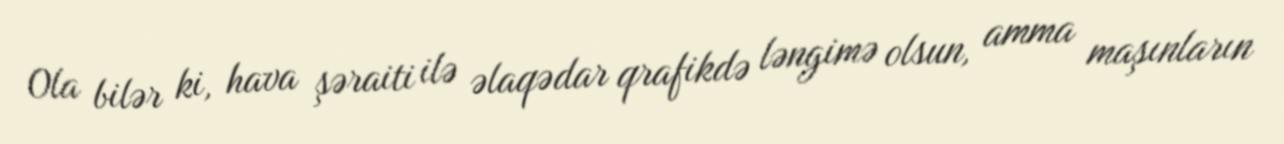
Ola bilər ki, hava şəraiti ilə əlaqədar qrafikdə ləngimə olsun, amma maşınların